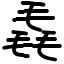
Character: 毳